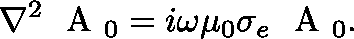
\nabla ^ { 2 } \mathrm { ~ \boldmath ~ A ~ } _ { 0 } = i \omega \mu _ { 0 } \sigma _ { e } \mathrm { ~ \boldmath ~ A ~ } _ { 0 } .